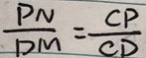
\frac { P N } { D M } = \frac { C P } { C D }